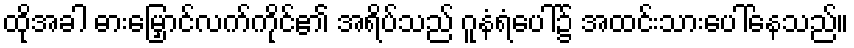
ထိုအခါ ဓားမြှောင်လက်ကိုင်၏ အရိပ်သည် ဂူနံရံပေါ်၌ အထင်းသားပေါ်နေသည်။